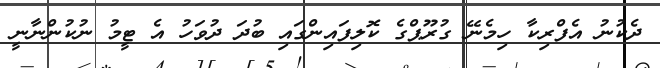
ދެކުނު އެފްރިކާ ހިމެނޭ ގުރޫޕްގެ ކޮލިފައިންގައި ބުދަ ދުވަހު އެ ޓީމު ނުކުންނާނީ